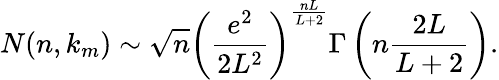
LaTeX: N(n,k_{m})\sim\sqrt{n}\left(\frac{e^{2}}{2L^{2}}\right)^{\frac{nL}{L+2}}\Gamma\left(n\frac{2L}{L+2}\right).